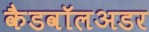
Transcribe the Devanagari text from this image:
कैडवॉलअडर